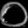
Digit: ၀